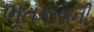
ભૂતકાળની